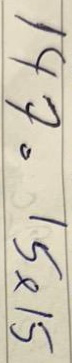
147 = 15x15